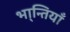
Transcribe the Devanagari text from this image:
भा्न्तियाँ